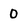
Character: 0